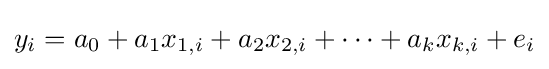
y_{i}=a_{0}+a_{1}x_{1,i}+a_{2}x_{2,i}+\dots +a_{k}x_{k,i}+e_{i}